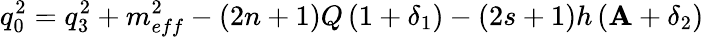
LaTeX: q_{0}^{2}=q_{3}^{2}+m_{eff}^{2}-\left(2n+1\right)Q\left(1+\delta_{1}\right)-\left(2s+1\right)h\left(\mathbf{A}+\delta_{2}\right)